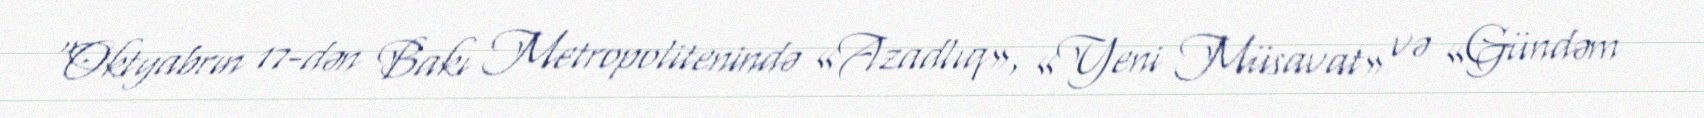
“Oktyabrın 17-dən Bakı Metropolitenində «Azadlıq», «Yeni Müsavat» və «Gündəm